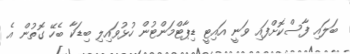
ބަލައި ފާސްކޮށްފައި ވަނީ އައިޓީ ޑިޕާޓްމަންޓުން ހުޅުވައިލި ބިޑަކާ ބެހޭ ގޮތުން އެ